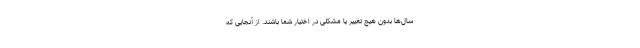
سال‌ها بدون هیچ تغییر یا مشکلی در اختیار شما باشند. از آنجایی که